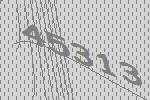
45313